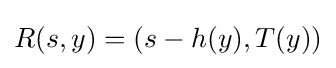
R(s,y)=(s-h(y),T(y))